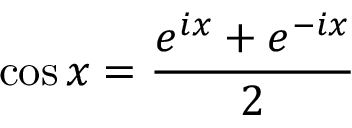
\cos x = { \frac { e ^ { i x } + e ^ { - i x } } { 2 } }